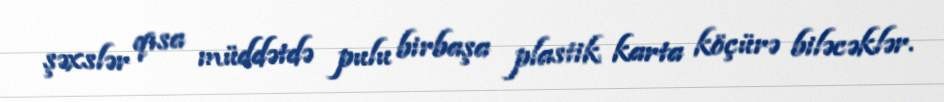
şəxslər qısa müddətdə pulu birbaşa plastik karta köçürə biləcəklər.